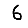
Digit: 6